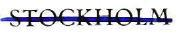
STOCKHOLM